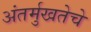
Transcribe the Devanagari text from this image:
अंतर्मुखतेचे